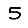
Digit: 5